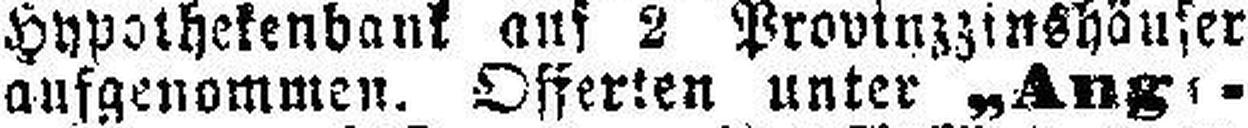
aufgenommen. Offerten unter „Ang###¬